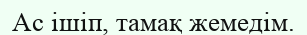
Ас ішіп, тамақ жемедім.